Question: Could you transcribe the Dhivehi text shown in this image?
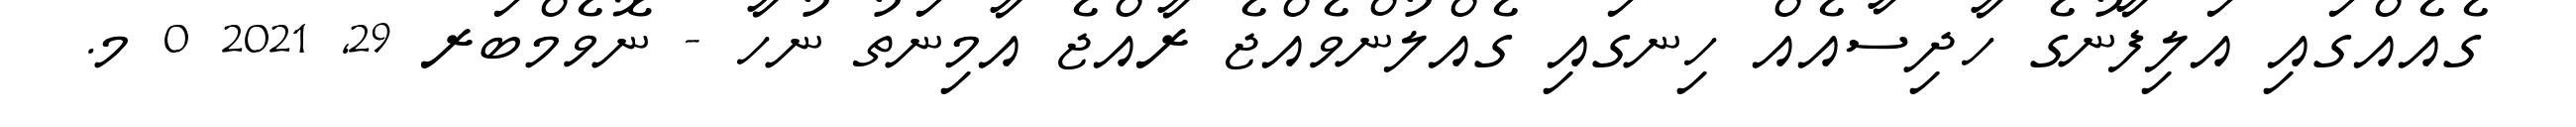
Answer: ގެއެއްގައި އަލިފާނުގެ ހާދިސާއެއް ހިނގައި ގެއްލުންވެއްޖެ ރާއްޖެ އާމިނަތު ނުހާ - ނޮވެމްބަރ 29, 2021 0 މ.